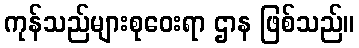
ကုန်သည်များစုဝေးရာ ဌာန ဖြစ်သည်။